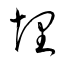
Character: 埋